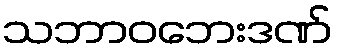
သဘာဝဘေးဒဏ်